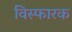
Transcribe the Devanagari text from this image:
विस्‍फारक